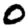
Digit: 0